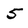
Character: 5